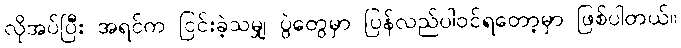
လိုအပ်ပြီး အရင်က ငြင်းခဲ့သမျှ ပွဲတွေမှာ ပြန်လည်ပါဝင်ရတော့မှာ ဖြစ်ပါတယ်။